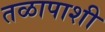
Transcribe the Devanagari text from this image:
तळापाशी